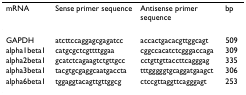
<table><thead><tr><td><b>mRNA</b></td><td><b>Sense primer sequence</b></td><td><b>Antisense primer sequence</b></td><td><b>bp</b></td></tr></thead><tbody><tr><td>GAPDH</td><td>atcttccaggagcgagatcc</td><td>accactgacacgttggcagt</td><td>509</td></tr><tr><td>alpha1beta1</td><td>catgcgctcgttttggaa</td><td>cggccacatctcgggaccaga</td><td>309</td></tr><tr><td>alpha2beta1</td><td>gcatctcagaagtctgttgcc</td><td>cctgttgttaccttcagggag</td><td>335</td></tr><tr><td>alpha3beta1</td><td>tacgtgcgaggcaatgaccta</td><td>tttgggggtgcaggatgaagct</td><td>306</td></tr><tr><td>alpha6beta1</td><td>tggaggtacagttgttggcg</td><td>ctccgttaggttcagggagt</td><td>253</td></tr></tbody></table>